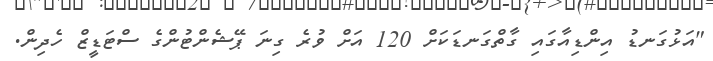
"އަޅުގަނޑު އިންޑިއާގައި ގާތްގަނޑަކަށް 120 އަށް ވުރެ ގިނަ ޕޭޝެންޓުންގެ ސްޓަޑީޒް ހެދިން.